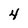
Character: 4